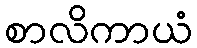
စာလိကာယံ